Tartu_linnavalitsus, lk 3
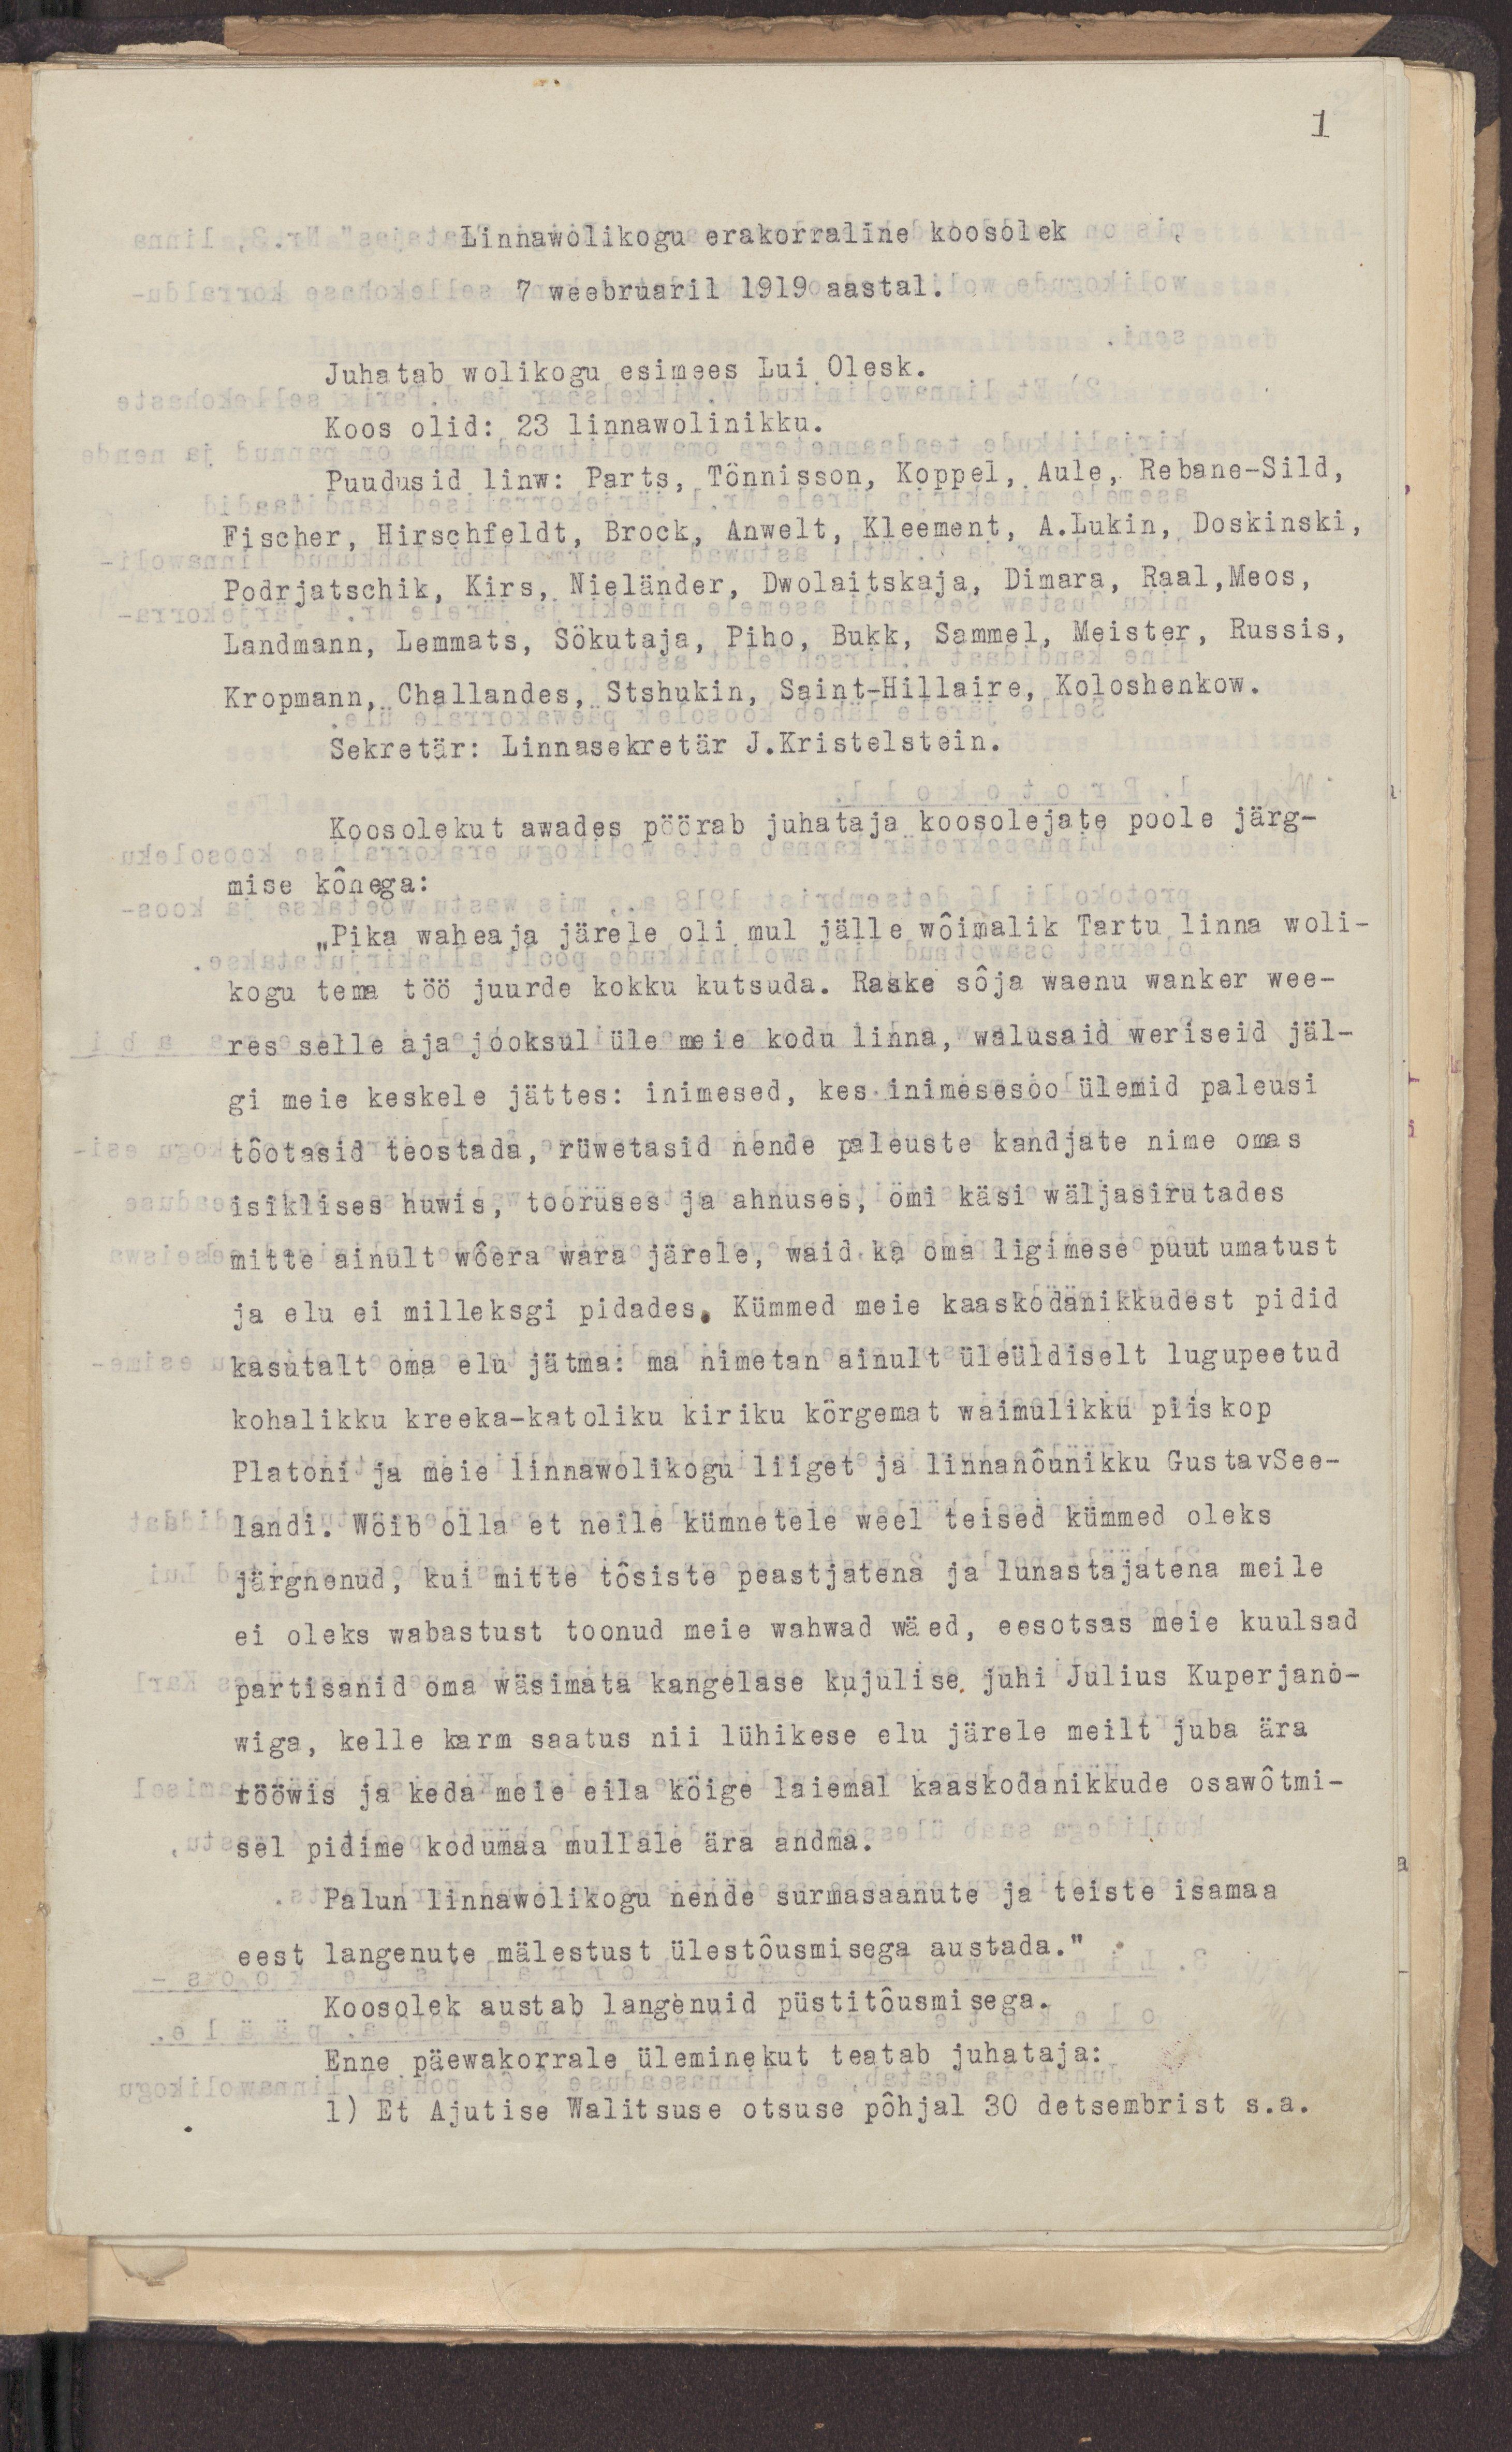
1
Linnawolikogu erakorraline koosolek
7 weebruaril 1919 aastal.
Juhatab wolikogu esimees Lui Olesk.
Koos olid: 23 linnawolinikku.
Puudusid linw: Parts, Tõnnisson, Koppel, Aule, Rebane-Sild,
Fischer, Hirschfeldt, Brock, Anwelt, Kleement, A. Lukin, Doskinski,
Podrjatschik, Kirs, Nieländer, Dwolaitskaja, Dimara, Raal, Meos,
Landmann, Lemmats, Sõkutaja, Piho, Bukk, Sammel, Meister, Russis,
Kropmann, Challander, Stshukin, Saint-Hillaire, Koloshenkow.
Sekretär: Linnasekretär J. Kristelstein.
Koosolekut awades pöörab juhataja koosolejate poole järg-
mise kõnega:
"Pika waheaja järele oli mul jälle wõimalik Tartu linna woli-
kogu tema töö juurde kokku kutsuda. Raske sõja waenu wanker wee-
res selle aja jooksul üle meie kodu linna, walusaid weriseid jäl-
gi meie keskele jättes: inimesed, kes inimesesoo ülemid paleusi
tõotasid teostada, rüwetasid nende paleuste kandjate nime omas
isiklises huwis, tooruses ja ahnuses, omi käsi wäljasirutades
mitte ainult wõera wara järele, waid ka oma ligimese puutumatust
ja elu ei milleksgi pidades. Kümmed meie kaaskodanikkudest pidid
kasutalt oma elu jätma: ma nimetan ainult üleüldiselt lugupeetud
kohalikku kreeka-katoliku kiriku kõrgemat waimulikku piiskop
Platoni ja meie linnawolikogu liiget ja linnanõunikku Gustav See-
landi. Wöib olla et neile kümnetele weel teised kümmed oleks
järgnenud, kui mitte tõsiste peastjatena ja lunastajatena meile
ei oleks wabastust toonud meie wahwad wäed, eesotsas meie kuulsad
partisanid oma wäsimata kangelase kujulise juhi Julius Kuperjano-
wiga, kelle karm saatus nii lühikese elu järele meilt juba ära
rööwis ja keda meie eila kõige laiemal kaaskodanikkude osawõtmi-
sel pidime kodumaa mullale ära andma.
Palun linnawolikogu nende surmasaanute ja teiste isamaa
eest langenute mälestust ülestõusmisega austada."
Koosolek austab langenuid püstitõusmisega.
Enne päewakorrale üleminekut teatab juhataja:
1) Et Ajutise Walitsuse otsuse põhjal 30 detsembrist s.a.